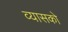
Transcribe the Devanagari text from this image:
व्यासको